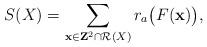
LaTeX: \begin{align*}S(X)=\sum_{\mathbf{x} \in \mathbf{Z}^2 \cap \mathcal{R}(X)} r_a\big(F(\mathbf{x})\big),\end{align*}